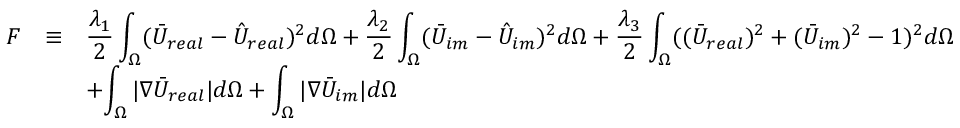
\begin{array} { r c l } { F } & { \equiv } & { \displaystyle { \frac { \lambda _ { 1 } } { 2 } \int _ { \Omega } ( \bar { U } _ { r e a l } - \hat { U } _ { r e a l } ) ^ { 2 } d \Omega + \frac { \lambda _ { 2 } } { 2 } \int _ { \Omega } ( \bar { U } _ { i m } - \hat { U } _ { i m } ) ^ { 2 } d \Omega + \frac { \lambda _ { 3 } } { 2 } \int _ { \Omega } ( ( \bar { U } _ { r e a l } ) ^ { 2 } + ( \bar { U } _ { i m } ) ^ { 2 } - 1 ) ^ { 2 } d \Omega } } \\ & & { + \displaystyle { \int _ { \Omega } | \nabla \bar { U } _ { r e a l } | d \Omega + \int _ { \Omega } | \nabla \bar { U } _ { i m } | d \Omega } } \end{array}